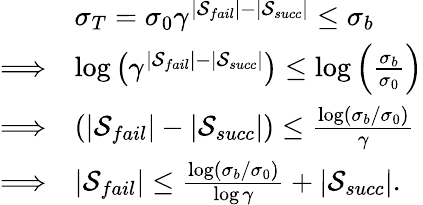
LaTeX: \begin{array}{rl}&{\sigma_{T}=\sigma_{0}\gamma^{|\mathcal{S}_{fail}|-|\mathcal{S}_{succ}|}\le\sigma_{b}}\\ {\Longrightarrow}&{\log\left(\gamma^{|\mathcal{S}_{fail}|-|\mathcal{S}_{succ}|}\right)\le\log\left(\frac{\sigma_{b}}{\sigma_{0}}\right)}\\ {\Longrightarrow}&{\left({|\mathcal{S}_{fail}|-|\mathcal{S}_{succ}|}\right)\le\frac{\log(\sigma_{b}/\sigma_{0})}{\gamma}}\\ {\Longrightarrow}&{|\mathcal{S}_{fail}|\le\frac{\log(\sigma_{b}/\sigma_{0})}{\log{\gamma}}+|\mathcal{S}_{succ}|.}\end{array}